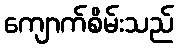
ကျောက်စိမ်းသည်